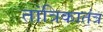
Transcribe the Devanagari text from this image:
तांत्रिकातंत्र